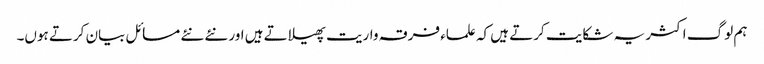
ہم لوگ اکثر یہ شکایت کرتے ہیں کہ علماء فرقہ واریت پھیلاتے ہیں اور نئے نئے مسائل بیان کرتے ہوں۔